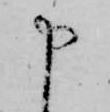
申